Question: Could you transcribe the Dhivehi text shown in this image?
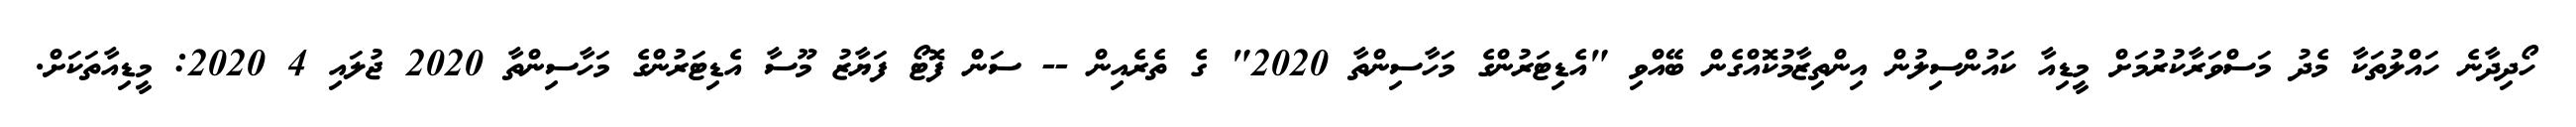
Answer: ހޯދިދާނެ ހައްލުތަކާ މެދު މަސްވަރާކުރުމަށް މީޑިއާ ކައުންސިލުން އިންތިޒާމުކޮއްގެން ބޭއްވި "އެޑިޓަރުންގެ މަހާސިންތާ 2020" ގެ ތެރެއިން -- ސަން ފޮޓޯ ފަޔާޒު މޫސާ އެޑިޓަރުންގެ މަހާސިންތާ 2020 ޖުލައި 4 2020: މީޑިއާތަކަށް.